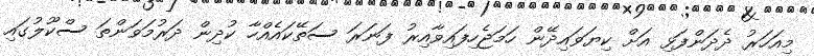
މިއަހަރު ދެދަންފަޅި އަށް ކިޔަވައިދޭން ހަމަޖެހިފައިވާއިރު ފަނަރަ ސަތޭކައެއްހާ ކުދިން ދަރުމަވަންތަ ސްކޫލުގައި